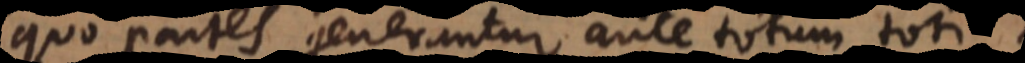
quo partes generantur ante totum toti